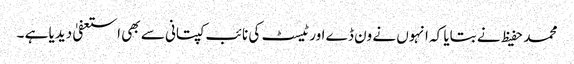
محمد حفیظ نے بتایا کہ انہوں نے ون ڈے اور ٹیسٹ کی نائب کپتانی سے بھی استعفیٰ دیدیا ہے ۔